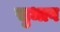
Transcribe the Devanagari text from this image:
सुधाव